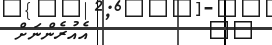
٤١         އެއުރެންނަށް